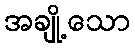
အချို့သော